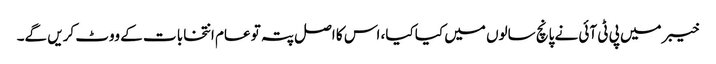
خیبر میں پی ٹی آئی نے پانچ سالوں میں کیا کیا، اس کا اصل پتہ تو عام انتخابا ت کے ووٹ کریں گے۔